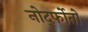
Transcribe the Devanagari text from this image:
नोर्द्फोतो